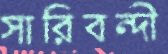
সারিবন্দী